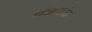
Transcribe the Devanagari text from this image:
पंजगांव